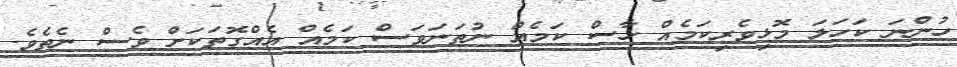
ހުންނަ ކަހަލަ މޮޅިވެރިކަމެއް ހާސް ކަމެއް ނުތަނަވަސް ކަމެއް އެއްގޮތަކަށް ވެސް ނެތެވެ.